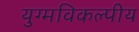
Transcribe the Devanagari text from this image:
युग्मविकल्पीय